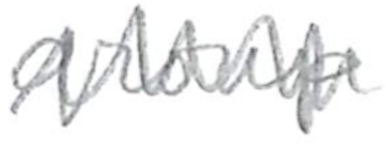
Text: group
Cross-out: zig-zag
Writing tool: pencil